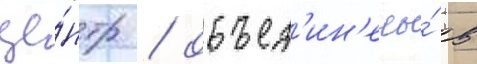
це́нтр / объед'ин'ены́ в